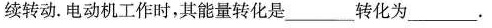
续转动。电动机工作时，其能量转化是___转化为___。